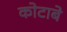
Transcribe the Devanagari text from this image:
कोटाबे